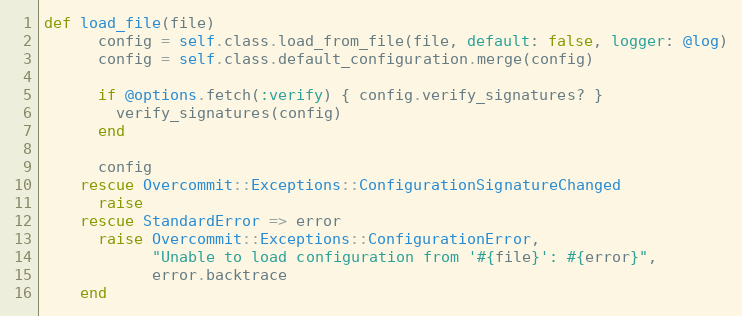
Language: Ruby
def load_file(file)
      config = self.class.load_from_file(file, default: false, logger: @log)
      config = self.class.default_configuration.merge(config)

      if @options.fetch(:verify) { config.verify_signatures? }
        verify_signatures(config)
      end

      config
    rescue Overcommit::Exceptions::ConfigurationSignatureChanged
      raise
    rescue StandardError => error
      raise Overcommit::Exceptions::ConfigurationError,
            "Unable to load configuration from '#{file}': #{error}",
            error.backtrace
    end